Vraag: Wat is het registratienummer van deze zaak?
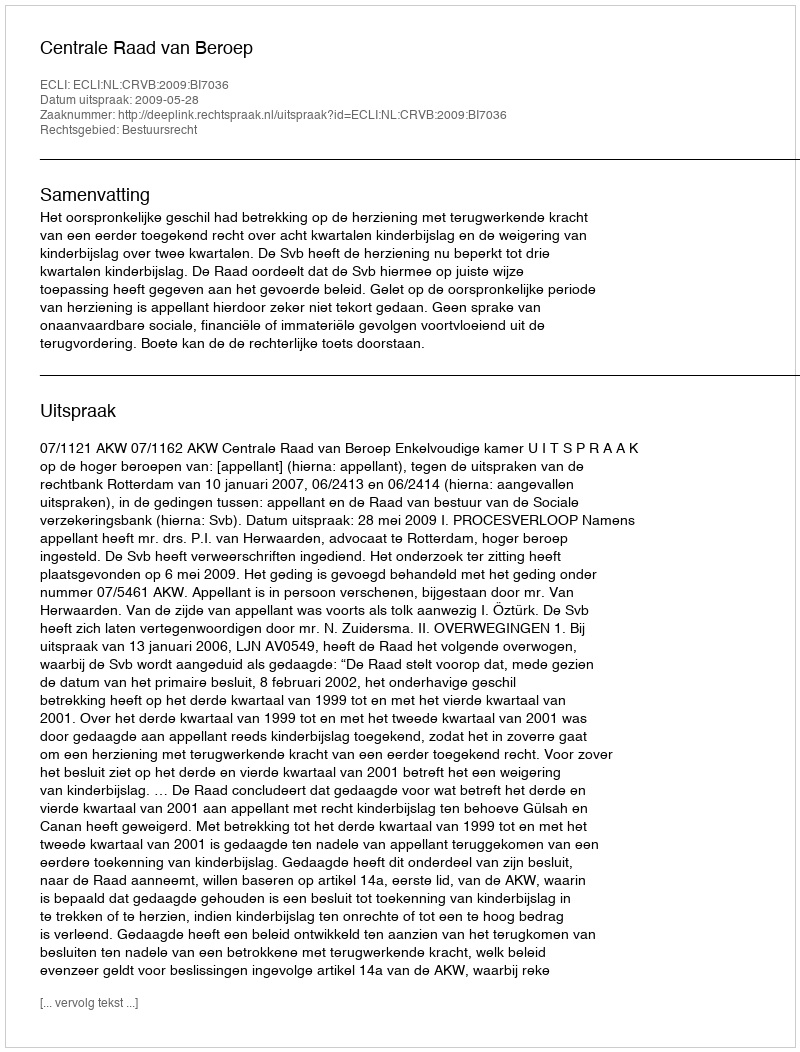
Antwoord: http://deeplink.rechtspraak.nl/uitspraak?id=ECLI:NL:CRVB:2009:BI7036